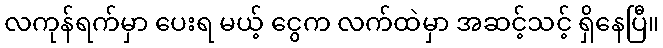
လကုန်ရက်မှာ ပေးရ မယ့် ငွေက လက်ထဲမှာ အဆင့်သင့် ရှိနေပြီ။